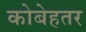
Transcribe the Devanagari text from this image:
कोबेहतर